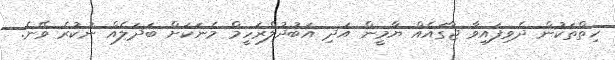
ހިތްތަކުން ދެވިފައިވާ ޖާގައެއް ޔާމީން އަދި އަބުދުލްރަހީމް މެނަކަށް ބަދަލެއް ނުކުރެ ވޭނެ.